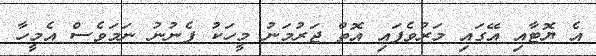
އެ ޔޮޓާއި އޭގައި މަރުވެފައި އޮތް ޖަރުމަނު މީހަކު ފެނުނު ނަމަވެސް އެމީހާ